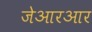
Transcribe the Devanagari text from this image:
जेआरआर